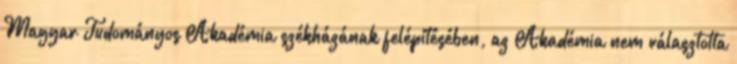
Magyar Tudományos Akadémia székházának felépítésében, az Akadémia nem választotta